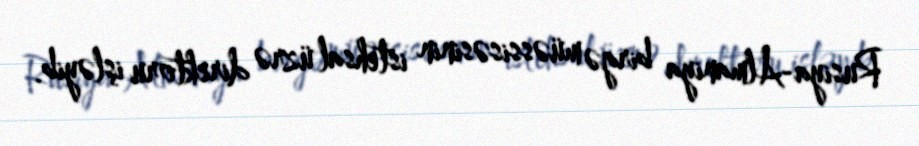
Rusiya-Almaniya birgə müəssisəsinin istehsal üzrə direktoru işləyib.